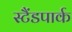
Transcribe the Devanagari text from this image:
स्टैंडपार्क